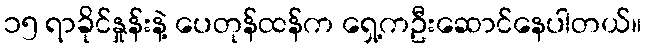
၁၅ ရာခိုင်နှုန်းနဲ့ ပေတုန်ထန်က ရှေ့ကဦးဆောင်နေပါတယ်။